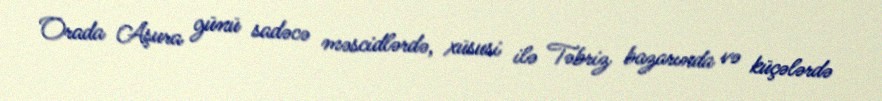
Orada Aşura günü sadəcə məscidlərdə, xüsusi ilə Təbriz bazarında və küçələrdə